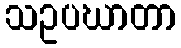
သဥပဃာတာ